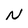
Character: N